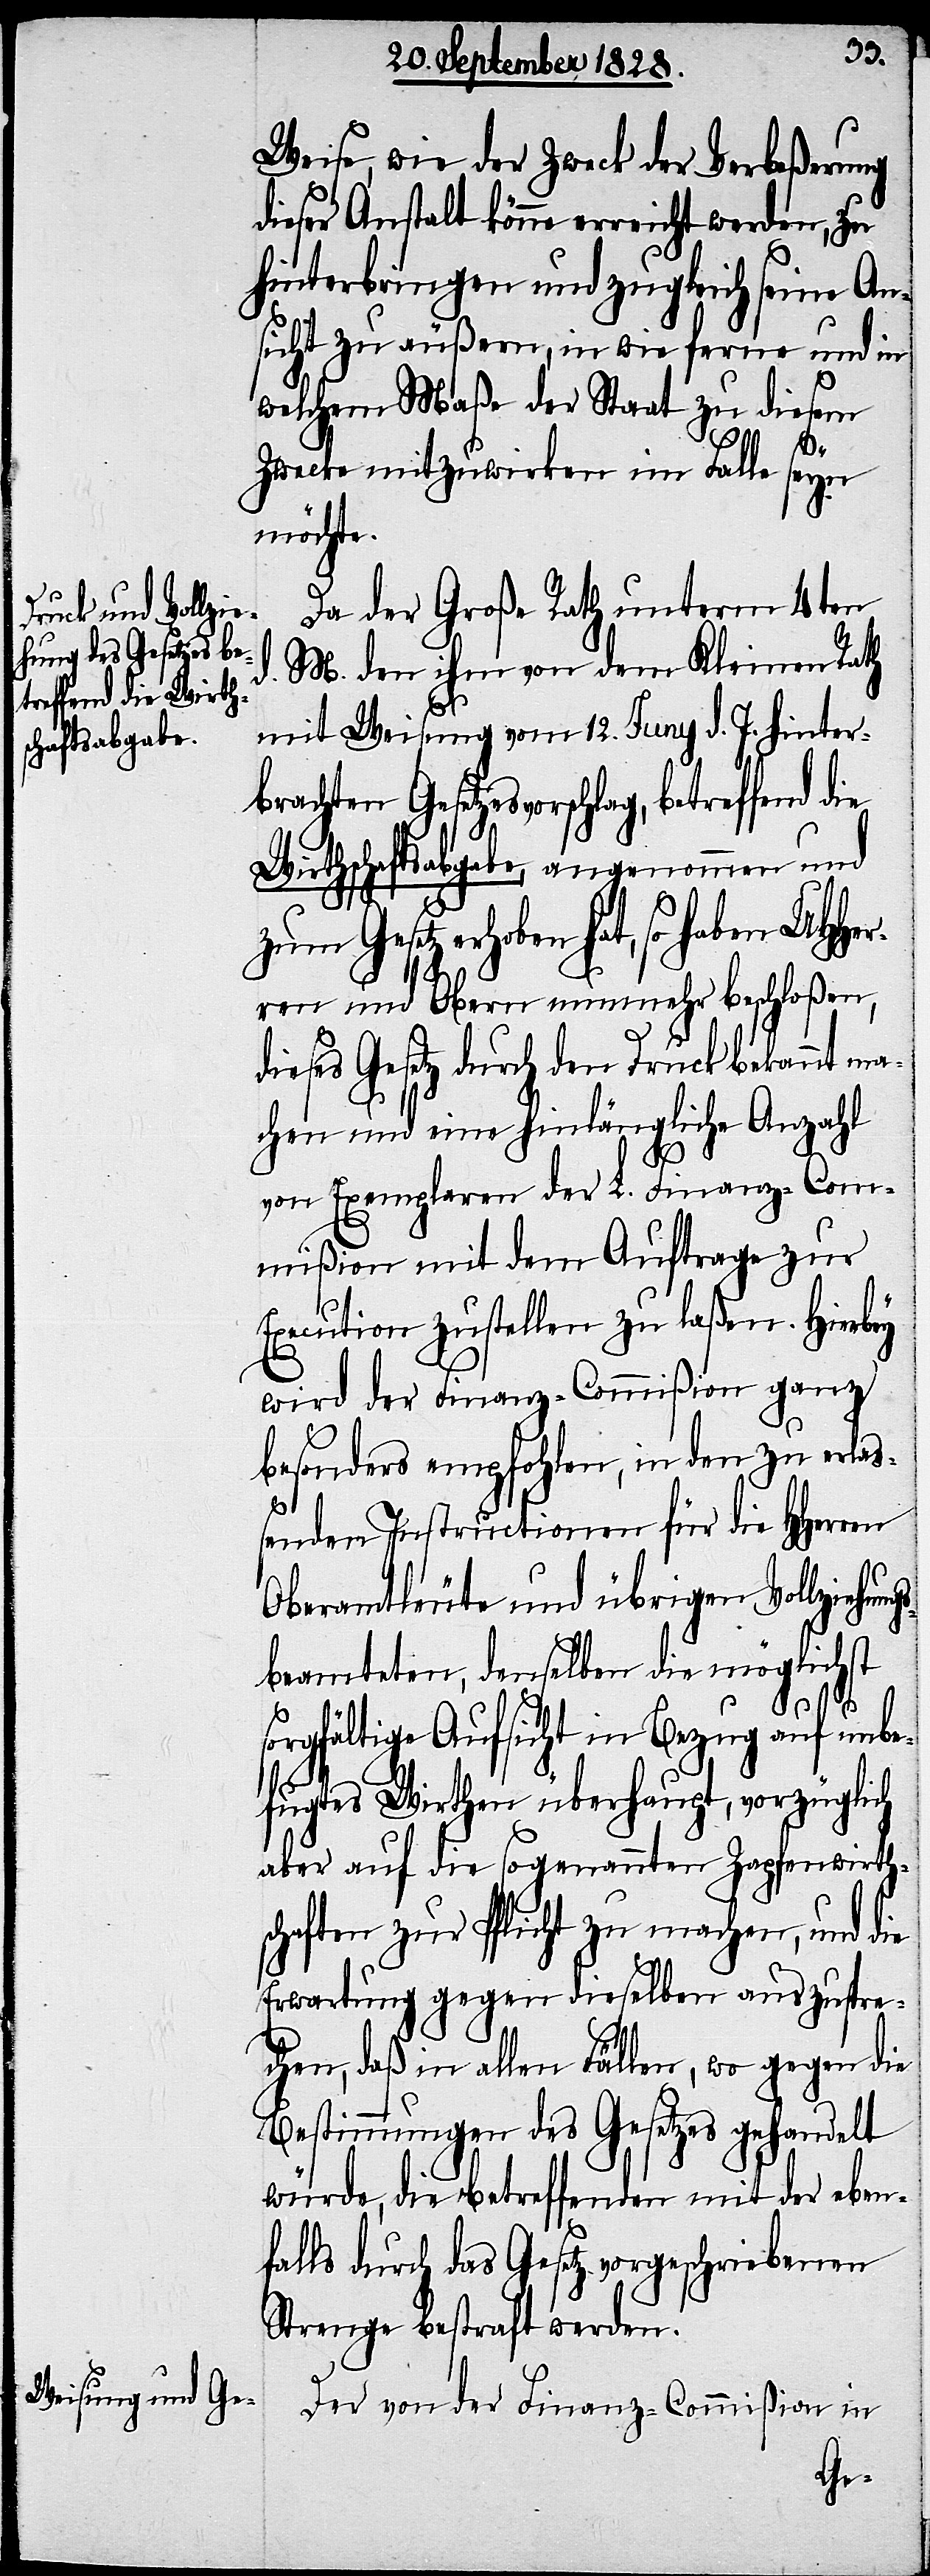
treffend die Wirth¬

Weise, wie der Zweck der Verbeßerung
dieser Anstalt könne erreicht werden, zu
hinterbringen und zugleich seine An¬
sicht zu äußern, in wie ferne und in
welchem Maße der Staat zu diesem
Zwecke mitzuwirken im Falle seyn
möchte.
Da der Große Rath unterm 4ten
M. dem ihm von dem Kleinen Rath
mit Weisung vom 12. Juny d. J. hinter¬
brachten Gesetzesvorschlag, be¬
schaftsabgabe, angenommen und
zum Gesetz erhoben hat, so haben UHHer¬
ren und Obern nunmehr beschloßen,
dieses Gesetz durch den Druck bekannt ma¬
chen und eine hinlängliche Anzahl
von Exemplaren der L. Finanz-Com¬
mißion mit dem Auftrage zur
Execution zustellen zu laßen. Hierbey
wird der Finanz-Commißion ganz
besonders empfohlen, in den zu erla¬
d.
ßenden Instructionen für die HHerren
Oberamtleute und übrigen Vollziehun¬
beamteten, denselben die möglichst
gs¬
sorgfältige Aufsicht in Bezug auf unbe¬
fugtes Wirthen überhaupt, vorzüglich
aber auf die sogenannten Zapfenwirth¬
schaften zur Pflicht zu machen, und die
Erwartung gegen dieselben auszuspre¬
chen, daß in allen Fällen, wo gegen die
Bestimmungen des Gesetzes gehandelt
würde, die betreffenden mit der eben¬
falls durch das Gesetz vorgeschriebenen
Strenge bestraft werden.
Der von der Finanz-Commißion in